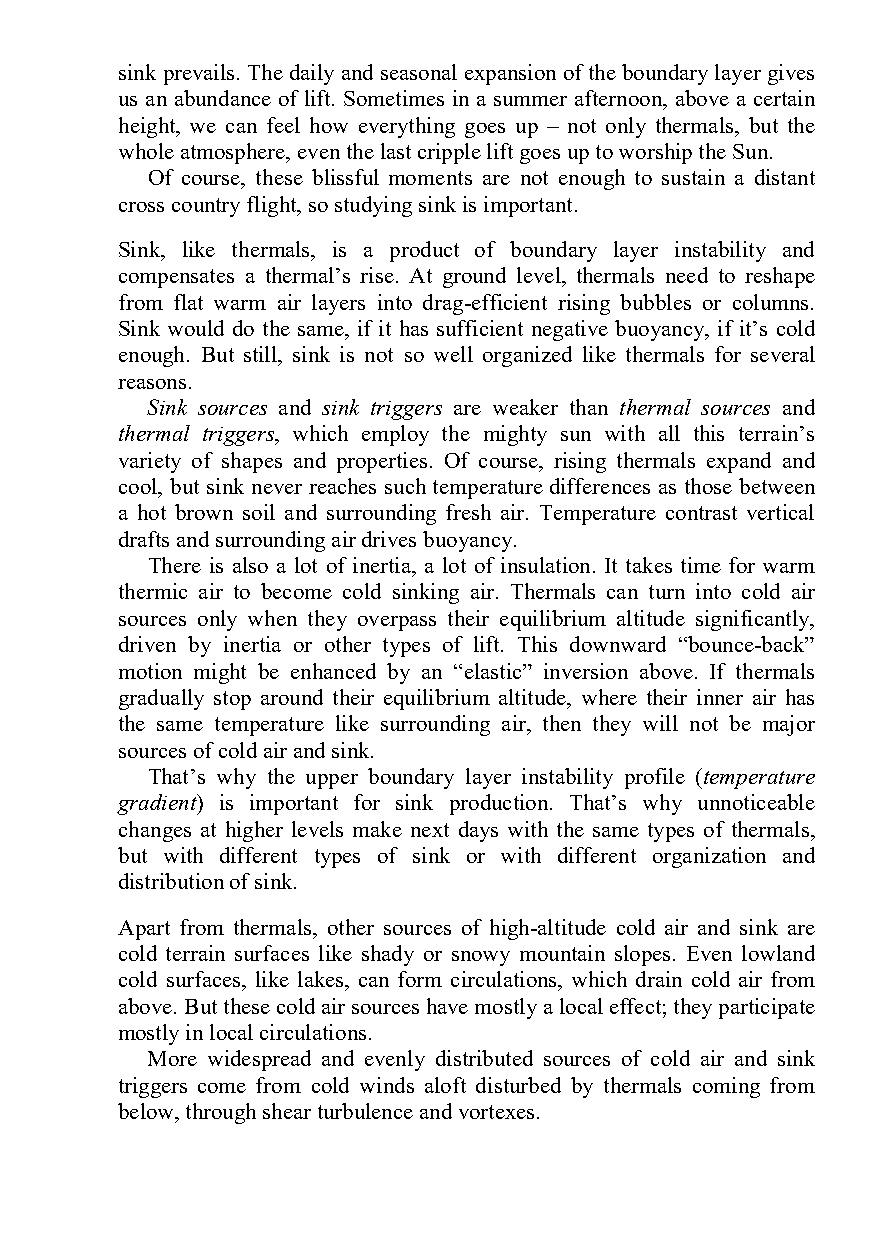
sink prevails. The daily and seasonal expansion of the boundary layer gives
 us an abundance of lift. Sometimes in a summer afternoon, above a certain
 height, we can feel how everything goes up – not only thermals, but the
 whole atmosphere, even the last cripple lift goes up to worship the Sun.
 Of course, these blissful moments are not enough to sustain a distant
 cross country flight, so studying sink is important.
 Sink, like thermals, is a product of boundary layer instability and
 compensates a thermal’s rise. At ground level, thermals need to reshape
 from flat warm air layers into drag-efficient rising bubbles or columns.
 Sink would do the same, if it has sufficient negative buoyancy, if it’s cold
 enough. But still, sink is not so well organized like thermals for several
 reasons.
 Sink sources and sink triggers are weaker than thermal sources and
 thermal triggers, which employ the mighty sun with all this terrain’s
 variety of shapes and properties. Of course, rising thermals expand and
 cool, but sink never reaches such temperature differences as those between
 a hot brown soil and surrounding fresh air. Temperature contrast vertical
 drafts and surrounding air drives buoyancy.
 There is also a lot of inertia, a lot of insulation. It takes time for warm
 thermic air to become cold sinking air. Thermals can turn into cold air
 sources only when they overpass their equilibrium altitude significantly,
 driven by inertia or other types of lift. This downward “bounce-back”
 motion might be enhanced by an “elastic” inversion above. If thermals
 gradually stop around their equilibrium altitude, where their inner air has
 the same temperature like surrounding air, then they will not be major
 sources of cold air and sink.
 That’s why the upper boundary layer instability profile (temperature
 gradient) is important for sink production. That’s why unnoticeable
 changes at higher levels make next days with the same types of thermals,
 but with different types of sink or with different organization and
 distribution of sink.
 Apart from thermals, other sources of high-altitude cold air and sink are
 cold terrain surfaces like shady or snowy mountain slopes. Even lowland
 cold surfaces, like lakes, can form circulations, which drain cold air from
 above. But these cold air sources have mostly a local effect; they participate
 mostly in local circulations.
 More widespread and evenly distributed sources of cold air and sink
 triggers come from cold winds aloft disturbed by thermals coming from
 below, through shear turbulence and vortexes.